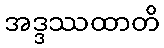
အဒ္ဒဿထာတိ